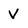
Character: V